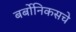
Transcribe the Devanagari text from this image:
बर्बोनिकसचे